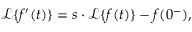
{ \mathcal { L } } \{ f ^ { \prime } ( t ) \} = s \cdot { \mathcal { L } } \{ f ( t ) \} - f ( 0 ^ { - } ) ,